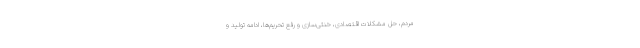
مردم، حل مشکلات اقتصادی، خنثی‌سازی و رفع تحریم‌ها، ادامه تولید و